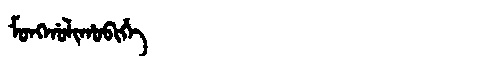
Manchu: ᠮᠣᠩᡤᠣᠯᡳᡥᠣᠪᡳᡥᡝ
Romanization: MONGGOLIHOBIHE